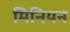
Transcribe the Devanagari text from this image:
मिनियन